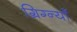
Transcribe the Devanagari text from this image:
ग्रिग्न्याँ